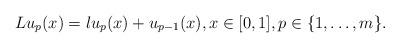
LaTeX: \begin{align*} L u_p(x) = \l u_p(x) + u_{p-1}(x), x \in [0,1], p \in \{1,\ldots,m\}.\end{align*}